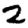
Digit: 2